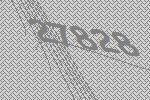
27828